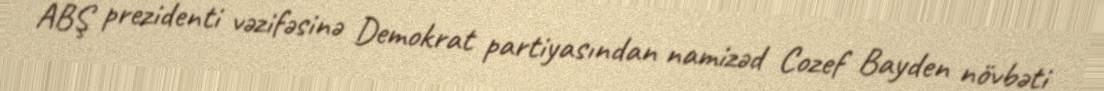
ABŞ prezidenti vəzifəsinə Demokrat partiyasından namizəd Cozef Bayden növbəti